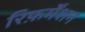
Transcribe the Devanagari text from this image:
रिफ़र्मेंशन